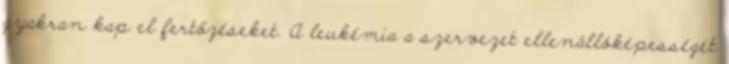
gyakran kap el fertőzéseket. A leukémia a szervezet ellenállóképességét